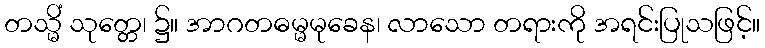
တသ္မိံ သုတ္တေ၊ ၌။ အာဂတဓမ္မမုခေန၊ လာသော တရားကို အရင်းပြုသဖြင့်။